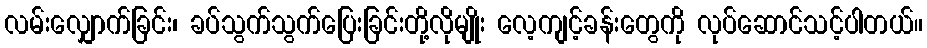
လမ်းလျှောက်ခြင်း၊ ခပ်သွက်သွက်ပြေးခြင်းတို့လိုမျိုး လေ့ကျင့်ခန်းတွေကို လုပ်ဆောင်သင့်ပါတယ်။